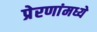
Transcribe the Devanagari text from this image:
प्रेरणांमध्ये